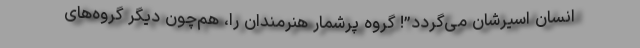
انسان اسیرشان می‌گردد”! گروه پرشمار هنرمندان را، هم‌چون دیگر گروه‌های